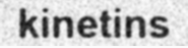
kinetins